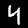
Label: 4